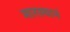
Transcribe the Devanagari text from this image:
मारल्यानं